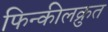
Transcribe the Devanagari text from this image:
फिन्कीलक्रुत